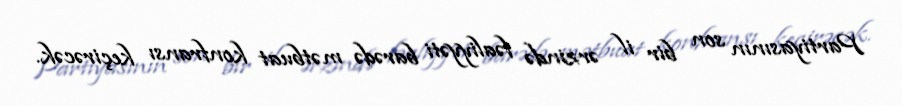
Partiyasının son bir il ərzində fəaliyyəti barədə mətbuat konfransı keçirəcək.